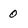
Character: 0